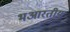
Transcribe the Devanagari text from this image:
भआरतीय